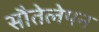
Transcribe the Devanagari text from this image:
सौतेलेपन